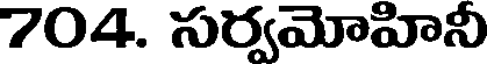
704. సర్వమోహినీ